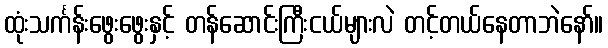
ထုံးသင်္ကန်းဖွေးဖွေးနှင့် တန်ဆောင်းကြီးငယ်များလဲ တင့်တယ်နေတာဘဲနော်။